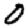
Digit: 0